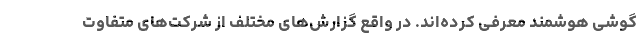
گوشی هوشمند معرفی کرده‌اند. در واقع گزارش‌های مختلف از شرکت‌های متفاوت